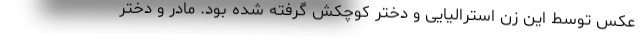
عکس توسط این زن استرالیایی و دختر کوچکش گرفته شده بود. مادر و دختر